Problem: 8 × 2 = ?
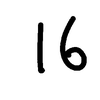
Handwritten answer: 16